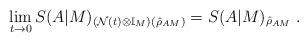
LaTeX: \begin{align*}\lim_{t\to0}S(A|M)_{(\mathcal{N}(t)\otimes\mathbb{I}_M)(\hat{\rho}_{AM})} = S(A|M)_{\hat{\rho}_{AM}}\;.\end{align*}